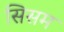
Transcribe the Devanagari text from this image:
सिसम